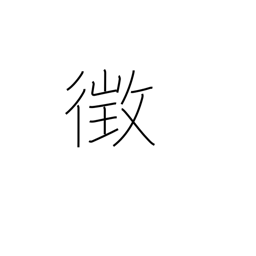
Meaning: sign